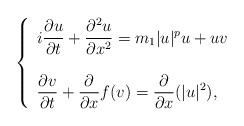
LaTeX: \begin{align*} \left\{\begin{array}{llll}\displaystyle i\frac{\partial u}{\partial t}+\frac{\partial^2 u}{\partial x^2}=m_1|u|^pu+uv\\\\\displaystyle\frac{\partial v}{\partial t}+\frac{\partial }{\partial x}f(v)=\frac{\partial }{\partial x}(|u|^2), \end{array}\right.\end{align*}